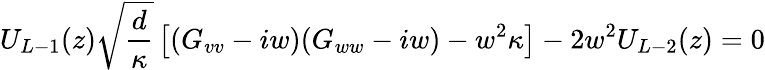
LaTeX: U_{L-1}(z)\sqrt{\frac{d}{\kappa}}\left[(G_{vv}-iw)(G_{ww}-iw)-w^{2}\kappa\right]-2w^{2}U_{L-2}(z)=0